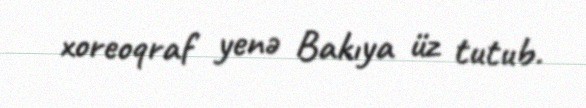
xoreoqraf yenə Bakıya üz tutub.